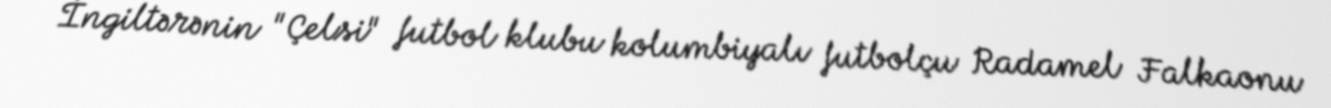
İngiltərənin "Çelsi" futbol klubu kolumbiyalı futbolçu Radamel Falkaonu